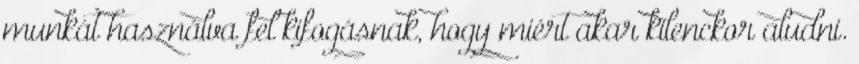
munkát használva fel kifogásnak, hogy miért akar kilenckor aludni.